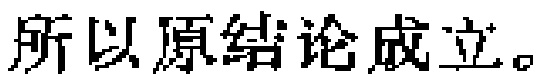
所以原结论成立。